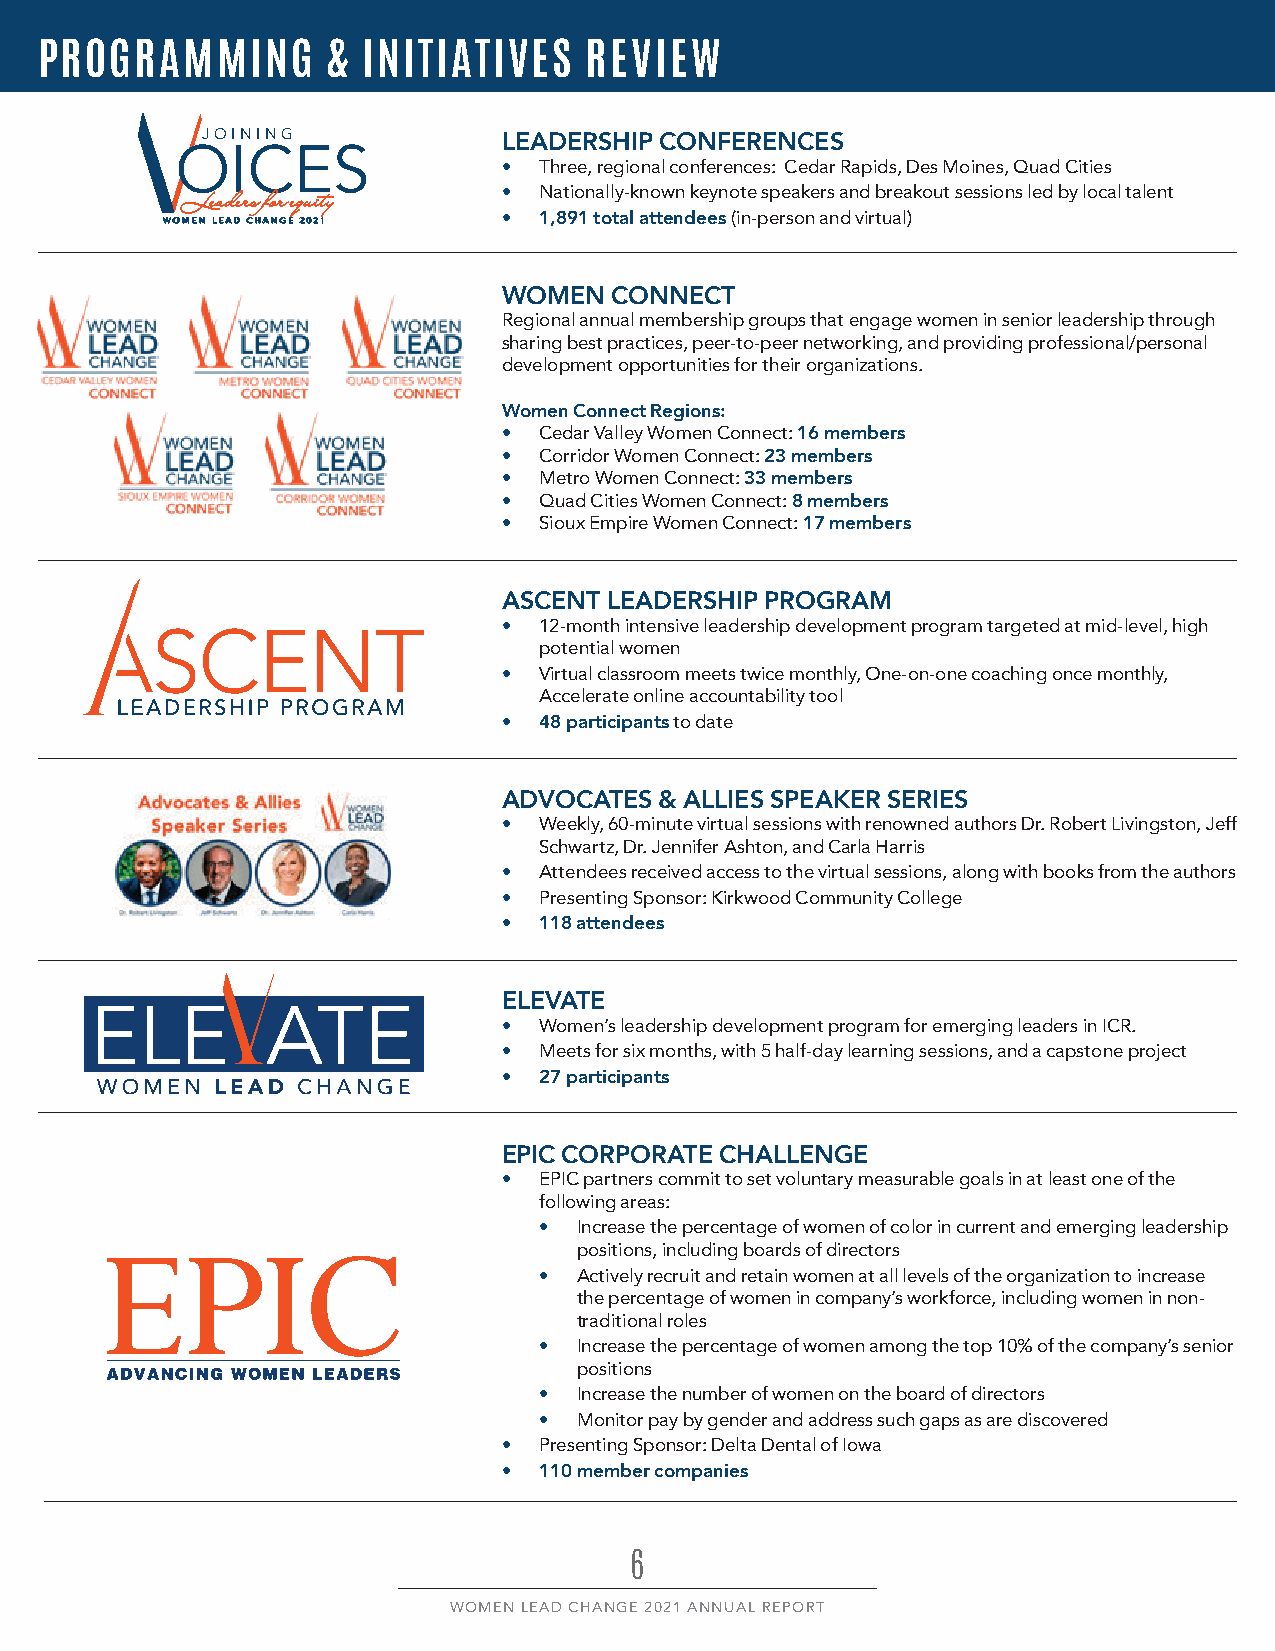
PROGRAMMING         & INITIATIVES    REVIEW
 JOINING
 LEADERSHIP CONFERENCES
 OICES
 •  Three, regional conferences: Cedar Rapids, Des Moines, Quad Cities
 •  Nationally-known keynote speakers and breakout sessions led by local talent
 LLeeaaddeerrss ffoorr eeqquuiittyy
 WWOOMMEENN LLEEAADD CCHHAANNGGEE 22002211 • 1,891 total attendees (in-person and virtual)
 WOMEN  CONNECT
 Regional annual membership groups that engage women in senior leadership through
 sharing best practices, peer-to-peer networking, and providing professional/personal
 development opportunities for their organizations.
 Women Connect Regions:
 •  Cedar Valley Women Connect: 16 members
 •  Corridor Women Connect: 23 members
 •  Metro Women Connect: 33 members
 •  Quad Cities Women Connect: 8 members
 •  Sioux Empire Women Connect: 17 members
 ASCENT LEADERSHIP PROGRAM
 •  12-month intensive leadership development program targeted at mid-level, high
 potential women
 •  Virtual classroom meets twice monthly, One-on-one coaching once monthly,
 Accelerate online accountability tool
 •  48 participants to date
 ADVOCATES  & ALLIES SPEAKER SERIES
 •  Weekly, 60-minute virtual sessions with renowned authors Dr. Robert Livingston, Jeff
 Schwartz, Dr. Jennifer Ashton, and Carla Harris
 •  Attendees received access to the virtual sessions, along with books from the authors
 •  Presenting Sponsor: Kirkwood Community College
 •  118 attendees
 ELEVATE
 •  Women’s leadership development program for emerging leaders in ICR.
 •  Meets for six months, with 5 half-day learning sessions, and a capstone project
 •  27 participants
 EPIC CORPORATE CHALLENGE
 •  EPIC partners commit to set voluntary measurable goals in at least one of the
 following areas:
 • Increase the percentage of women of color in current and emerging leadership
 positions, including boards of directors
 • Actively recruit and retain women at all levels of the organization to increase
 the percentage of women in company’s workforce, including women in non-
 traditional roles
 • Increase the percentage of women among the top 10% of the company’s senior
 positions
 • Increase the number of women on the board of directors
 • Monitor pay by gender and address such gaps as are discovered
 •  Presenting Sponsor: Delta Dental of Iowa
 •  110 member companies
 6
 WOMEN LEAD CHANGE 2021 ANNUAL REPORT